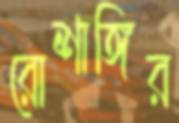
রোশাঙ্গির